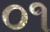
૦૧